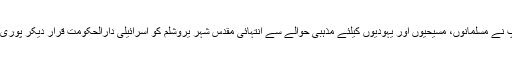
ا مریکی صدر ڈونالڈ ٹرمپ نے مسلمانوں، مسیحیوں اور یہودیوں کیلئے مذہبی حوالے سے انتہائی مقدس شہر یروشلم کو اسرائیلی دارالحکومت قرار دیکر پوری دنیا میں ہلچل مچادی ہے۔